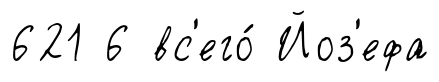
621 6 вс'его́ Йоз'ефа